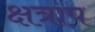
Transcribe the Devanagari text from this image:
क्षत्राप